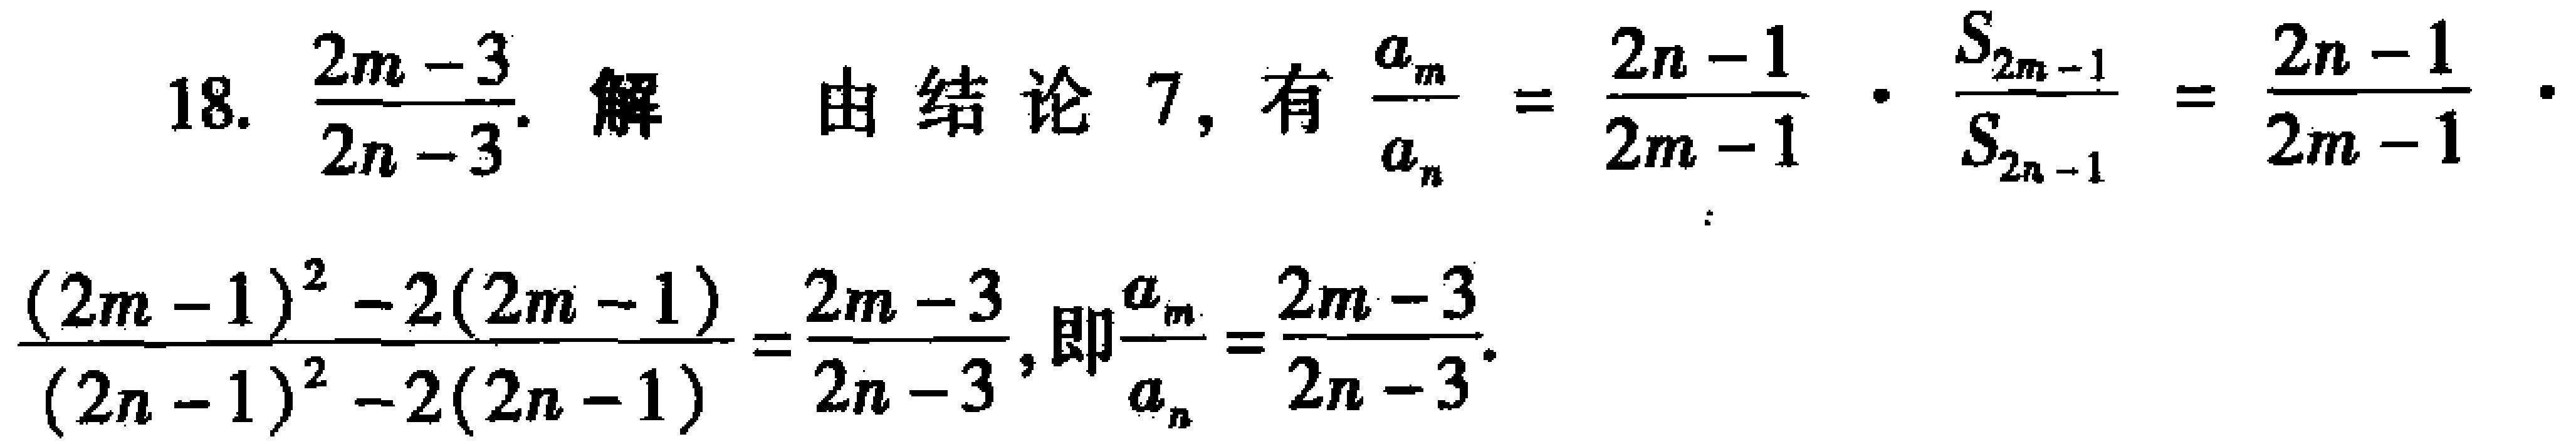
18. $\frac{2m - 3}{2n - 3}$. 解 由结论 7, 有 $\frac{a_{m}}{a_{n}}=\frac{2n - 1}{2m - 1}\cdot\frac{S_{2m - 1}}{S_{2n - 1}}=\frac{2n - 1}{2m - 1}\cdot$
$\frac{(2m - 1)^{2}-2(2m - 1)}{(2n - 1)^{2}-2(2n - 1)}=\frac{2m - 3}{2n - 3}$, 即$\frac{a_{m}}{a_{n}}=\frac{2m - 3}{2n - 3}$.